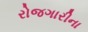
રોજગારીના